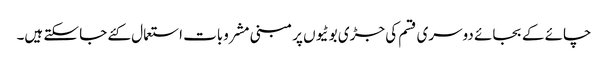
چائے کے بجائے دوسری قسم کی جڑی بوٹیوں پر مبنی مشروبات استعمال کئے جا سکتے ہیں۔